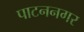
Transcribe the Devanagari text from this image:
पाटननगर